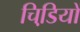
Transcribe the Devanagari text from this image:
चिडि़यों